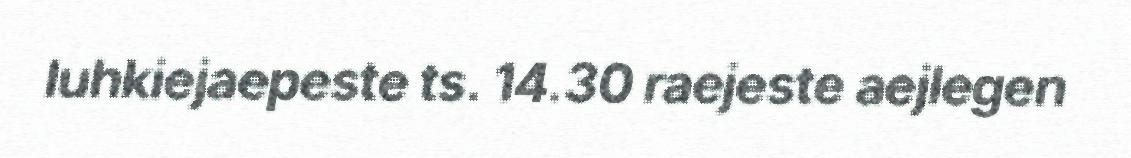
luhkiejaepeste ts. 14.30 raejeste aejlegen